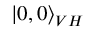
| 0 , 0 \rangle _ { V H }